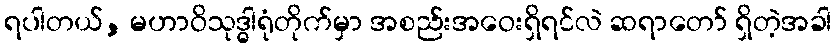
ရပါတယ်, မဟာဝိသုဒ္ဓါရုံတိုက်မှာ အစည်းအဝေးရှိရင်လဲ ဆရာတော် ရှိတဲ့အခါ